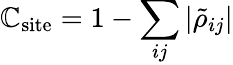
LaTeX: \mathbb{C}_{\textrm{{site}}}=1-\sum_{ij}|\tilde{{\rho}}_{ij}|